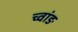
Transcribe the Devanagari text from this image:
च्वांङ